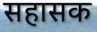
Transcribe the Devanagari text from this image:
सहासक